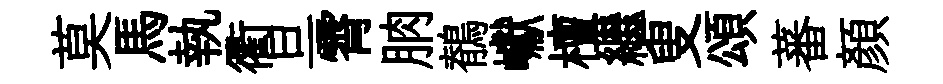
莫馬執衢旦霄朒鶺巘檀繼叟頌蕃顔